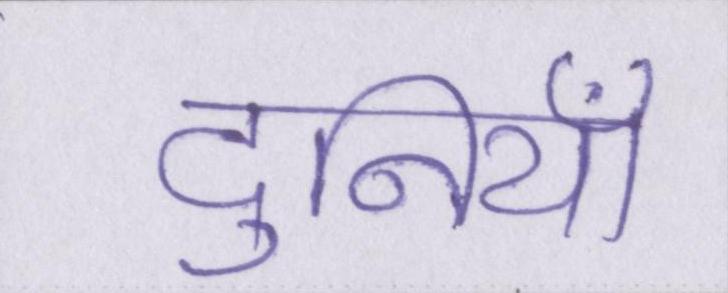
दुनियाँ